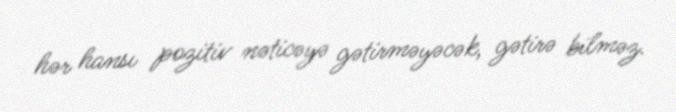
hər hansı pozitiv nəticəyə gətirməyəcək, gətirə bilməz.